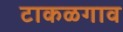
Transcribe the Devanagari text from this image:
टाकळगाव